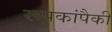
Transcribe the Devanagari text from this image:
रूपकांपैकी